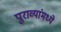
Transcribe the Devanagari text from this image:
पुराव्यांमध्ये